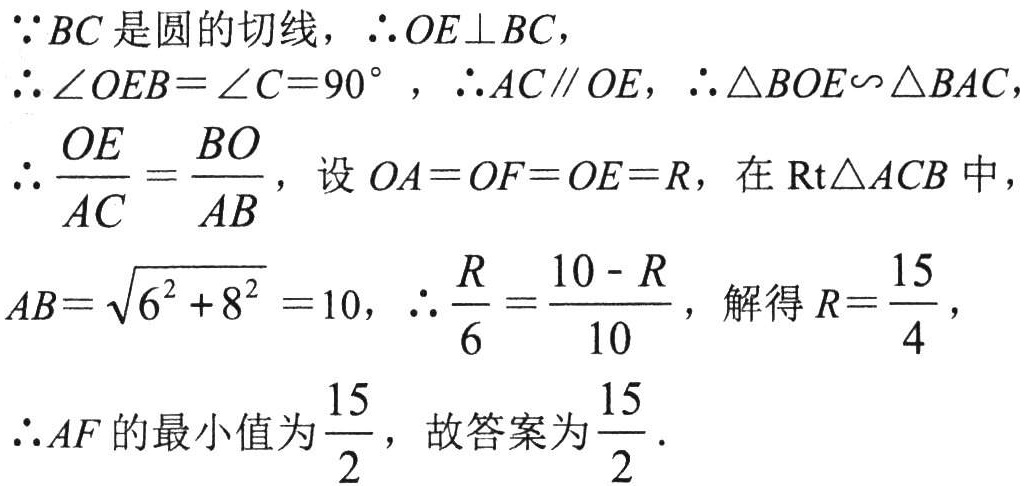
\(\because BC\)是圆的切线，\(\therefore OE\perp BC\)，

\(\therefore \angle OEB = \angle C = 90^{\circ}\)，\(\therefore AC\parallel OE\)，\(\therefore \triangle BOE\sim\triangle BAC\)，

\(\therefore \frac{OE}{AC}=\frac{BO}{AB}\)，设\(OA = OF = OE = R\)，在\(\text{Rt}\triangle ACB\)中，

\(AB = \sqrt{6^{2} + 8^{2}} = 10\)，\(\therefore \frac{R}{6}=\frac{10 - R}{10}\)，解得\(R = \frac{15}{4}\)，

\(\therefore AF\)的最小值为\(\frac{15}{2}\)，故答案为\(\frac{15}{2}\)．